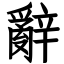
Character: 辭